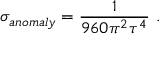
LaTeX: \sigma _ { a n o m a l y } = { \frac { 1 } { 9 6 0 \pi ^ { 2 } \tau ^ { 4 } } } \ .